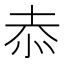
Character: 𭜙